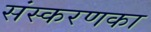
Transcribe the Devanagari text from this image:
संस्‍करणका